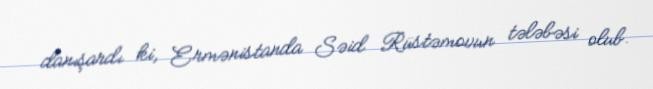
danışardı ki, Ermənistanda Səid Rüstəmovun tələbəsi olub.